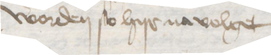
worden so hyr na volget